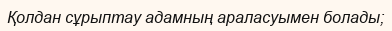
Қолдан сұрыптау адамның араласуымен болады;